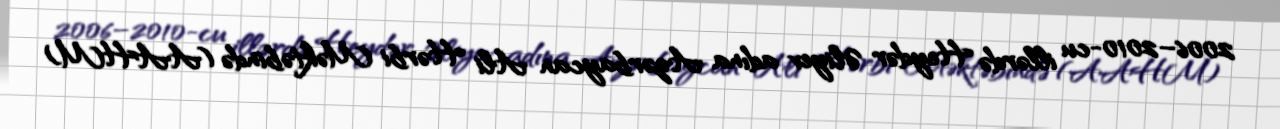
2006–2010-cu illərdə Heydər Əliyev adına Azərbaycan Ali Hərbi Məktəbində (AAHM)